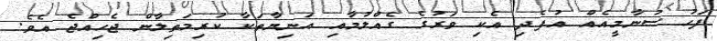
ފަހު ސުނާމީއެއް އުފެދި އެކި ވަރުގެ ގެއްލުމާއި އަނިޔާތަކާ ކުރިމަތިލާން ޖެހިއްޖެ އެވެ.